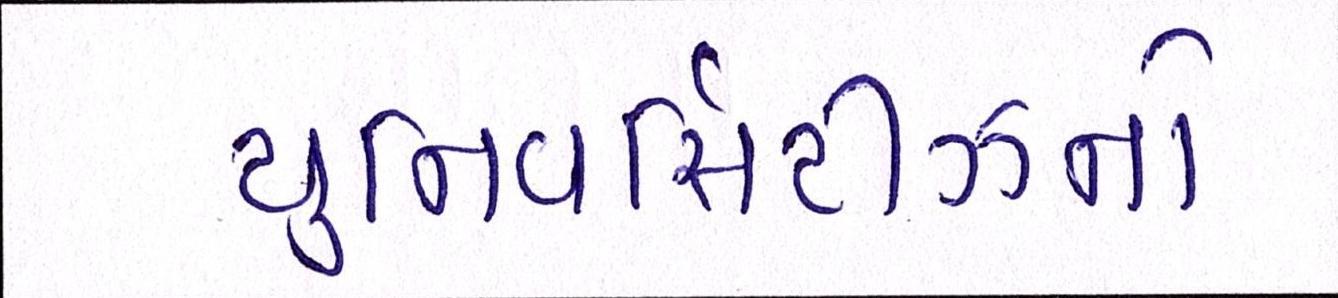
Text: યુનિવર્સિટીઝનો